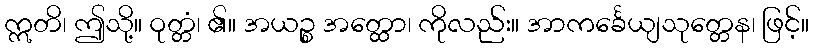
ဣတိ၊ ဤသို့။ ဝုတ္တံ၊ ၏။ အယဉ္စ အတ္ထော၊ ကိုလည်း။ အာကင်္ခေယျသုတ္တေန၊ ဖြင့်။